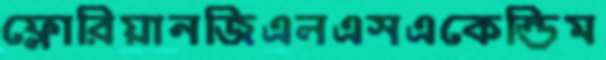
ফ্লোরিয়ানজিএলএসএকেন্ডিম